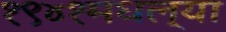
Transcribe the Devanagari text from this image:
१९४१मधल्या